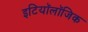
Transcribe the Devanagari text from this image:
इटियॉलॉजिक